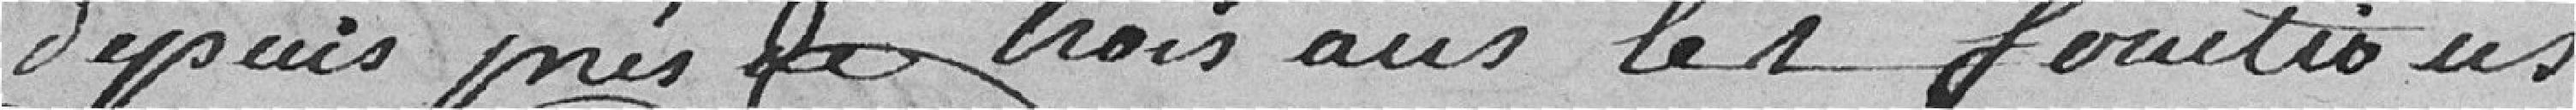
depuis près de trois ans les fonctions